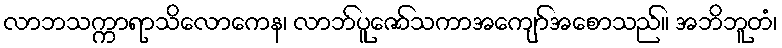
လာဘသက္ကာရာသိလောကေန၊ လာဘ်ပူဇော်သကာအကျော်အစောသည်။ အဘိဘူတံ၊